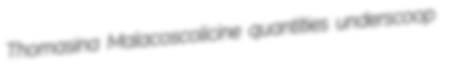
Thomasina Malacoscolicine quantities underscoop